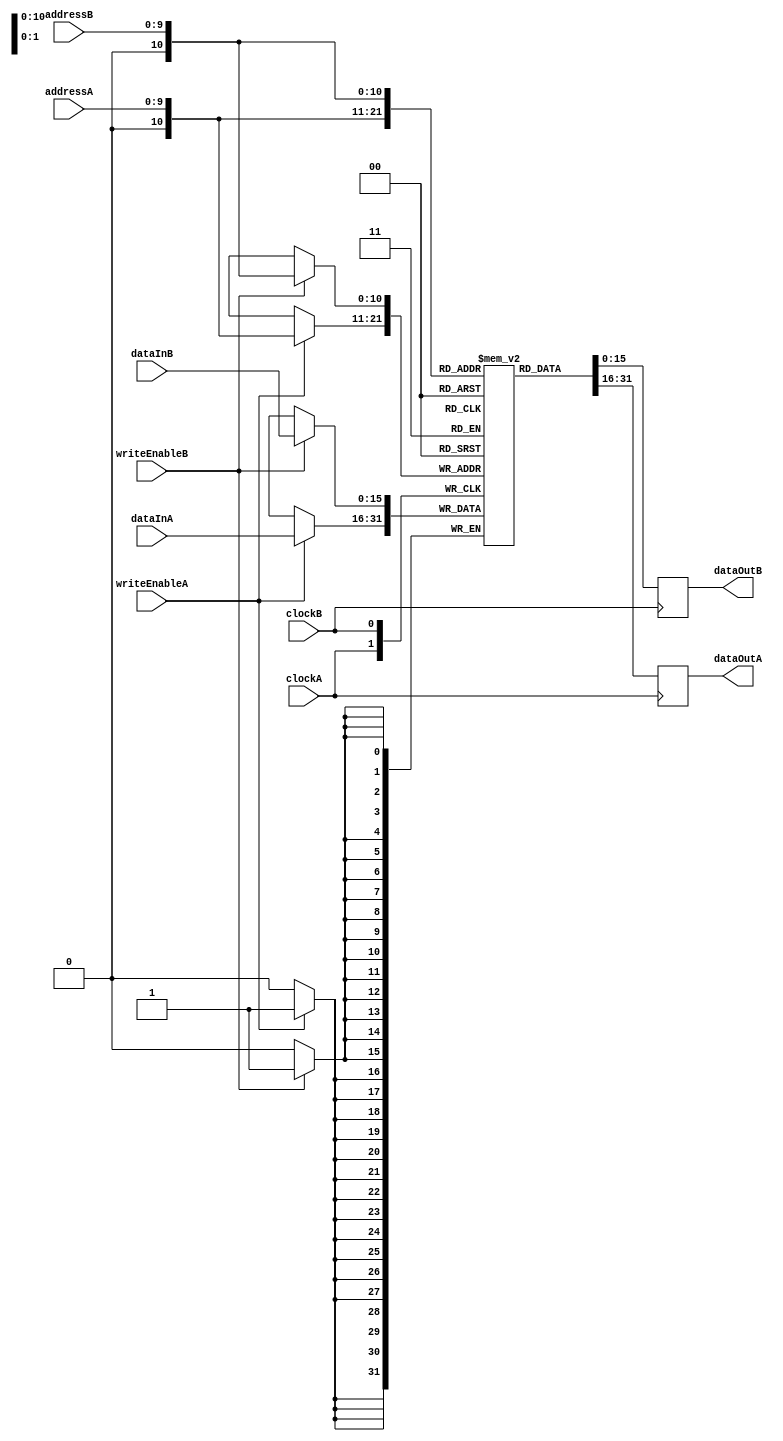
module sram1024X16Dp ( input wire        clockA,
                                         writeEnableA,
                       input wire [9:0]  addressA,
                       input wire [15:0] dataInA,
                       output reg [15:0] dataOutA,
                       input wire        clockB,
                                         writeEnableB,
                       input wire [9:0]  addressB,
                       input wire [15:0] dataInB,
                       output reg [15:0] dataOutB);

  reg [15:0] memory [1024:0];
  
  always @ (posedge clockA)
    begin
      if (writeEnableA == 1'b1) memory[addressA] <= dataInA;
      dataOutA <= memory[addressA];
    end

  always @ (posedge clockB)
    begin
      if (writeEnableB == 1'b1) memory[addressB] <= dataInB;
      dataOutB <= memory[addressB];
    end
endmodule